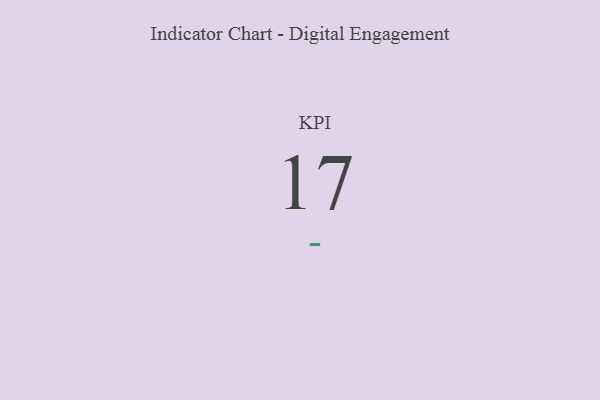
{"axis": {"x": "KPI", "y": "Value"}, "legend": [""], "data": [{"x": "KPI", "y": 17, "type": ""}]}